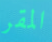
المقر